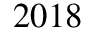
2 0 1 8